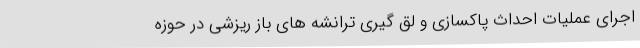
اجرای عملیات احداث پاکسازی و لق گیری ترانشه های باز ریزشی در حوزه